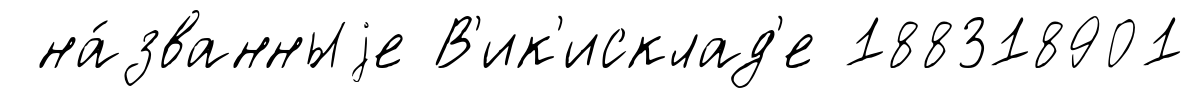
на́званныjе В'ик'исклад'е 188318901